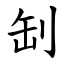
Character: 㓡